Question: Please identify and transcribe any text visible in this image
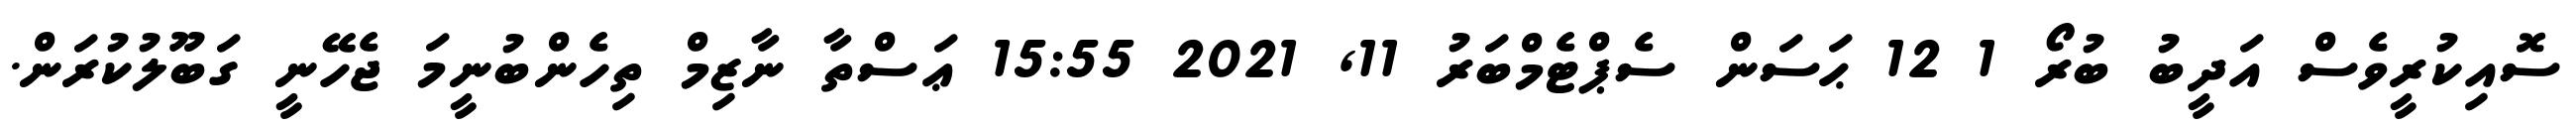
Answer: ސޮއިކުރީވެސް އަދީބު ބުރޯ 1 12 ޙަސަން ސެޕްޓެމްބަރު 11, 2021 15:55 ޢަސްތާ ނާޒިމް ތިހެންބުނީމަ ޖެހޭނީ ގަބޫލުކުރަން.